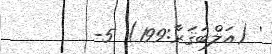
' (އަލްބަޤަރާ:199) 5-